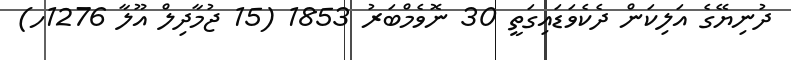
ދުނިޔޭގެ އަލިކަން ދެކެވަޑައިގަތީ 30 ނޮވެމްބަރު 1853 (15 ޖުމާދިލް އޫލާ 1276ހ)